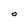
Character: O